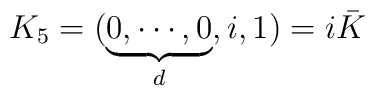
K_{5}=(\underbrace{0,\cdots ,0}_{d},i,1)=i\bar{K}